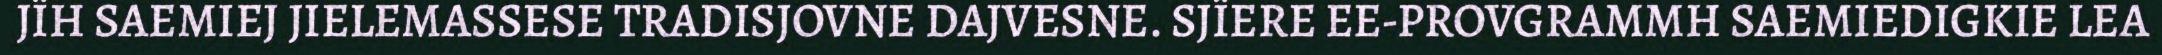
JÏH SAEMIEJ JIELEMASSESE TRADISJOVNE DAJVESNE. SJÏERE EE-PROVGRAMMH SAEMIEDIGKIE LEA